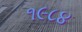
૧૯૮૪